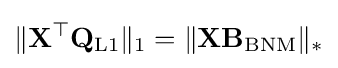
\|\mathbf {X} ^{\top }\mathbf {Q} _{\text{L1}}\|_{1}=\|\mathbf {X} \mathbf {B} _{\text{BNM}}\|_{*}